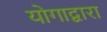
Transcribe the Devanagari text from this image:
योगाद्वारा